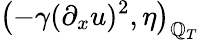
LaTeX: \left(-\gamma(\partial_{x}u)^{2},\eta\right)_{\mathbb{Q}_{T}}